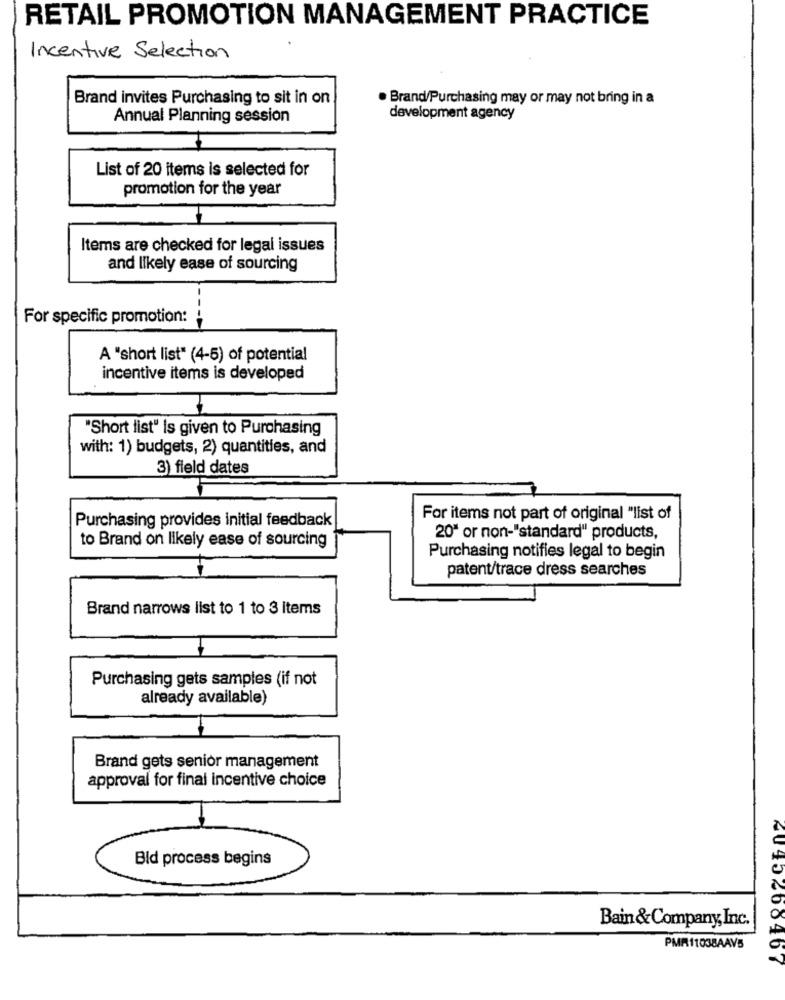
RETAIL PROMOTION MANAGEMENT PRACTICE
Incentive Selection
Brand invites Purchasing to sit in on
. Brand/Purchasing may or may not bring in a
Annual Planning session
development agency
List of 20 items is selected for
promotion for the year
Items are checked for legal issues
and likely ease of sourcing
For specific promotion:
A "short list" (4-5) of potential
incentive items is developed
"Short list" Is given to Purchasing
with: 1) budgets, 2) quantities, and
3) field dates
Purchasing provides initial feedback
For items not part of original "list of
to Brand on likely ease of sourcing
20" or non-"standard" products,
Purchasing notifies legal to begin
patent/trace dress searches
Brand narrows list to 1 to 3 items
Purchasing gets samples (if not
already available)
Brand gets senior management
approval for final incentive choice
Bld process begins
Bain& Company, Inc.
PMR11038AAV5
2045600467